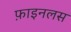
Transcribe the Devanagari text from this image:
फ़ाइनलस